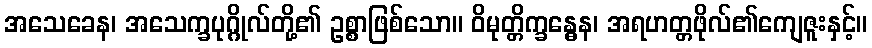
အသေခေန၊ အသေက္ခပုဂ္ဂိုလ်တို့၏ ဥစ္စာဖြစ်သော။ ဝိမုတ္တိက္ခန္ဓေန၊ အရဟတ္တဖိုလ်၏ကျေဇူးနှင့်။